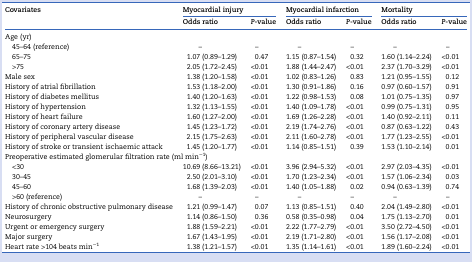
<table><thead><tr><td rowspan="2"><b>Covariates</b></td><td colspan="2"><b>Myocardial injury</b></td><td colspan="2"><b>Myocardial infarction</b></td><td colspan="2"><b>Mortality</b></td></tr><tr><td><b>Odds ratio</b></td><td><b><i>P</i>-value</b></td><td><b>Odds ratio</b></td><td><b><i>P</i>-value</b></td><td><b>Odds ratio</b></td><td><b><i>P</i>-value</b></td></tr></thead><tbody><tr><td colspan="7">Age (yr)</td></tr><tr><td> 45–64 (reference)</td><td>–</td><td>–</td><td>–</td><td>–</td><td>–</td><td>–</td></tr><tr><td> 65–75</td><td>1.07 (0.89–1.29)</td><td>0.47</td><td>1.15 (0.87–1.54)</td><td>0.32</td><td>1.60 (1.14–2.24)</td><td>&lt;0.01</td></tr><tr><td> &gt;75</td><td>2.05 (1.72–2.45)</td><td>&lt;0.01</td><td>1.88 (1.44–2.47)</td><td>&lt;0.01</td><td>2.37 (1.70–3.29)</td><td>&lt;0.01</td></tr><tr><td>Male sex</td><td>1.38 (1.20–1.58)</td><td>&lt;0.01</td><td>1.02 (0.83–1.26)</td><td>0.83</td><td>1.21 (0.95–1.55)</td><td>0.12</td></tr><tr><td>History of atrial fibrillation</td><td>1.53 (1.18–2.00)</td><td>&lt;0.01</td><td>1.30 (0.91–1.86)</td><td>0.16</td><td>0.97 (0.60–1.57)</td><td>0.91</td></tr><tr><td>History of diabetes mellitus</td><td>1.40 (1.20–1.63)</td><td>&lt;0.01</td><td>1.22 (0.98–1.53)</td><td>0.08</td><td>1.01 (0.75–1.35)</td><td>0.97</td></tr><tr><td>History of hypertension</td><td>1.32 (1.13–1.55)</td><td>&lt;0.01</td><td>1.40 (1.09–1.78)</td><td>&lt;0.01</td><td>0.99 (0.75–1.31)</td><td>0.95</td></tr><tr><td>History of heart failure</td><td>1.60 (1.27–2.00)</td><td>&lt;0.01</td><td>1.69 (1.26–2.28)</td><td>&lt;0.01</td><td>1.40 (0.92–2.11)</td><td>0.11</td></tr><tr><td>History of coronary artery disease</td><td>1.45 (1.23–1.72)</td><td>&lt;0.01</td><td>2.19 (1.74–2.76)</td><td>&lt;0.01</td><td>0.87 (0.63–1.22)</td><td>0.43</td></tr><tr><td>History of peripheral vascular disease</td><td>2.15 (1.75–2.63)</td><td>&lt;0.01</td><td>2.11 (1.60–2.78)</td><td>&lt;0.01</td><td>1.77 (1.23–2.55)</td><td>&lt;0.01</td></tr><tr><td>History of stroke or transient ischaemic attack</td><td>1.45 (1.20–1.77)</td><td>&lt;0.01</td><td>1.14 (0.85–1.51)</td><td>0.39</td><td>1.53 (1.10–2.14)</td><td>0.01</td></tr><tr><td colspan="7">Preoperative estimated glomerular filtration rate (ml min<sup>−1</sup>)</td></tr><tr><td> &lt;30</td><td>10.69 (8.66–13.21)</td><td>&lt;0.01</td><td>3.96 (2.94–5.32)</td><td>&lt;0.01</td><td>2.97 (2.03–4.35)</td><td>&lt;0.01</td></tr><tr><td> 30–45</td><td>2.50 (2.01–3.10)</td><td>&lt;0.01</td><td>1.70 (1.23–2.34)</td><td>&lt;0.01</td><td>1.57 (1.06–2.34)</td><td>0.03</td></tr><tr><td> 45–60</td><td>1.68 (1.39–2.03)</td><td>&lt;0.01</td><td>1.40 (1.05–1.88)</td><td>0.02</td><td>0.94 (0.63–1.39)</td><td>0.74</td></tr><tr><td> &gt;60 (reference)</td><td>–</td><td>–</td><td>–</td><td>–</td><td>–</td><td>–</td></tr><tr><td>History of chronic obstructive pulmonary disease</td><td>1.21 (0.99–1.47)</td><td>0.07</td><td>1.13 (0.85–1.51)</td><td>0.40</td><td>2.04 (1.49–2.80)</td><td>&lt;0.01</td></tr><tr><td>Neurosurgery</td><td>1.14 (0.86–1.50)</td><td>0.36</td><td>0.58 (0.35–0.98)</td><td>0.04</td><td>1.75 (1.13–2.70)</td><td>0.01</td></tr><tr><td>Urgent or emergency surgery</td><td>1.88 (1.59–2.21)</td><td>&lt;0.01</td><td>2.22 (1.77–2.79)</td><td>&lt;0.01</td><td>3.50 (2.72–4.50)</td><td>&lt;0.01</td></tr><tr><td>Major surgery</td><td>1.67 (1.43–1.95)</td><td>&lt;0.01</td><td>2.19 (1.71–2.80)</td><td>&lt;0.01</td><td>1.56 (1.17–2.08)</td><td>&lt;0.01</td></tr><tr><td>Heart rate &gt;104 beats min<sup>−1</sup></td><td>1.38 (1.21–1.57)</td><td>&lt;0.01</td><td>1.35 (1.14–1.61)</td><td>&lt;0.01</td><td>1.89 (1.60–2.24)</td><td>&lt;0.01</td></tr></tbody></table>